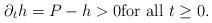
LaTeX: \begin{align*}\partial_{t}h=P-h>0 {\rm for \ all }\ t\geq 0.\end{align*}